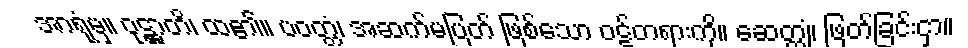
အာရုံမှ။ ဝုဋ္ဌာတိ၊ ထ၏။ ပဝတ္တံ၊ အဆက်မပြတ် ဖြစ်သော ဝဋ်တရားကို။ ဆေတ္တုံ၊ ဖြတ်ခြင်းငှာ။